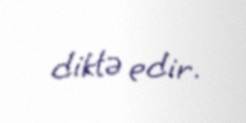
diktə edir.